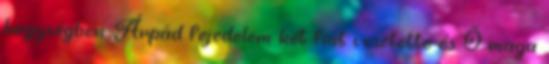
hegységben. Árpád fejedelem két fiát vesztette és Ő maga